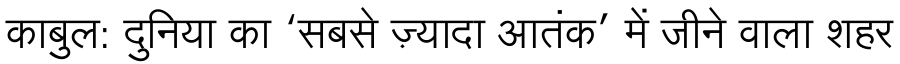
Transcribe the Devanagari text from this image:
काबुल: दुनिया का ‘सबसे ज़्यादा आतंक’ में जीने वाला शहर